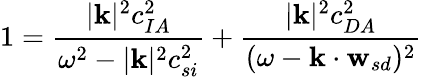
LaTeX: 1=\frac{|\mathbf{k}|^{2}c_{IA}^{2}}{\omega^{2}-|\mathbf{k}|^{2}c_{si}^{2}}+\frac{|\mathbf{k}|^{2}c_{DA}^{2}}{(\omega-\mathbf{k}\cdot\mathbf{w}_{sd})^{2}}